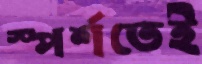
স্পর্শতেই